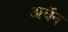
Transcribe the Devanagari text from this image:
अवॅन